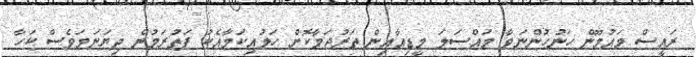
ރައީސް މައުމޫން ހަނުހުންނަވާ މައްސަލަ މީޑިއާއިން ތަރުޖަމާކޮށް ހަލުއިކަމާއެކު ފަތުރަމުން ދިޔަނަމަވެސް ކަހާ